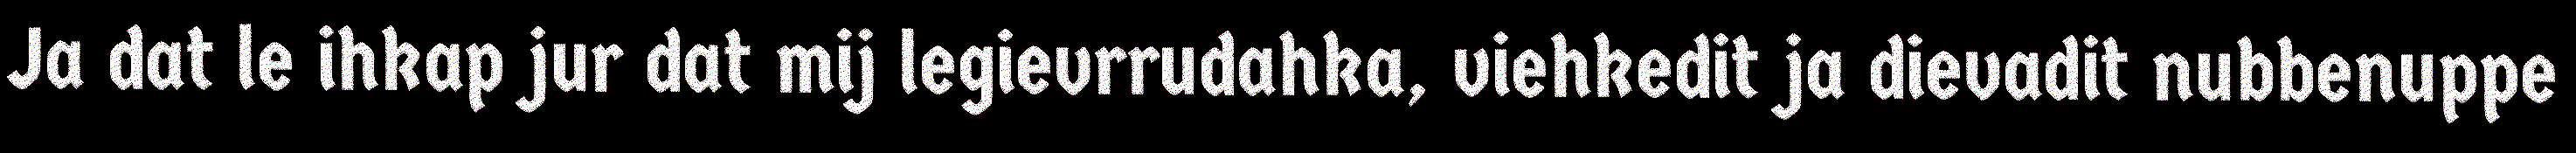
Ja dat le ihkap jur dat mij legievrrudahka, viehkedit ja dievadit nubbenuppe